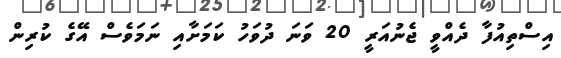
އިސްތިއުފާ ދެއްވީ ޖެނުއަރީ 20 ވަނަ ދުވަހު ކަމަށާއި ނަމަވެސް އޭގެ ކުރިން